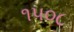
૧૫૦૮